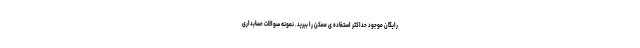
رایگان موجود حداکثر استفاده ی ممکن را ببرید. نمونه سوالات حسابداری